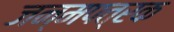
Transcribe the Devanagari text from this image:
जन्मपत्रक